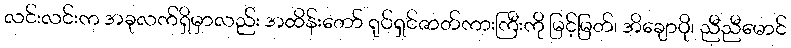
လင်းလင်းက အခုလက်ရှိမှာလည်း အထိန်းတော် ရုပ်ရှင်ဇာတ်ကားကြီးကို မြင့်မြတ်၊ အိချောပို၊ ညီညီမောင်